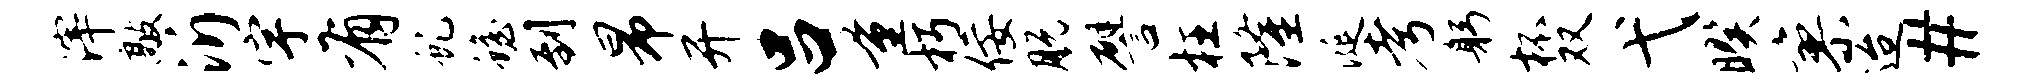
滓敲沂宇有虬蟾到昂开吕量朽佞脱譬枉隆涎考躬杯双弋暌寥迨#